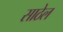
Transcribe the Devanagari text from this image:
साठेल